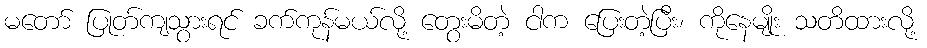
မတော် ပြုတ်ကျသွားရင် ခက်ကုန်မယ်လို့ တွေးမိတဲ့ ငါက ပြေးတဲ့ပြီး၊ ကိုနေမျိုး သတိထားလို့